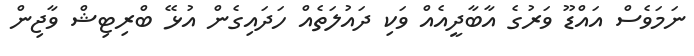
ނަމަވެސް އައްޑޫ ވަރުގެ އާބާދީއެއް ވަކި ދައުލަތެއް ހަދައިގެން އުޅޭ ބްރިޓިޝް ވާޖިން